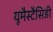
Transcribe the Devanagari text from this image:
यूमैस्टैसिडी